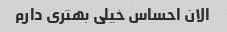
الان احساس خیلی بهتری دارم